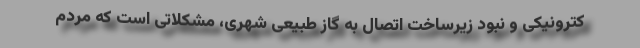
کترونیکی و نبود زیرساخت اتصال به گاز طبیعی شهری، مشکلاتی است که مردم